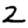
Digit: 2